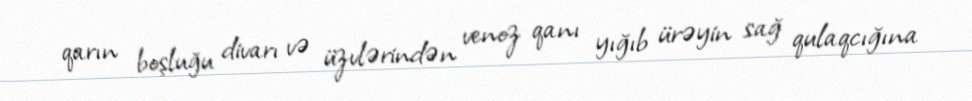
qarın boşluğu divarı və üzvlərindən venoz qanı yığıb ürəyin sağ qulaqcığına